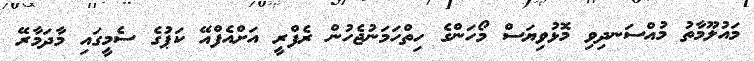
މައުލޫމާތު މުއްސަނދިވި މޮޅުވިޔަސް މޯހަންގެ ހިތްހަމަނުޖެހުން ރެފްރީ އަށްއެފްއޭ ކަޕުގެ ސެމީގައި މާދަމާރޭ